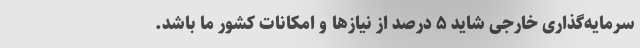
سرمایه‌گذاری خارجی شاید ۵ درصد از نیازها و امکانات کشور ما باشد.